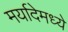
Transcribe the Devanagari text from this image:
मर्यादेमध्ये